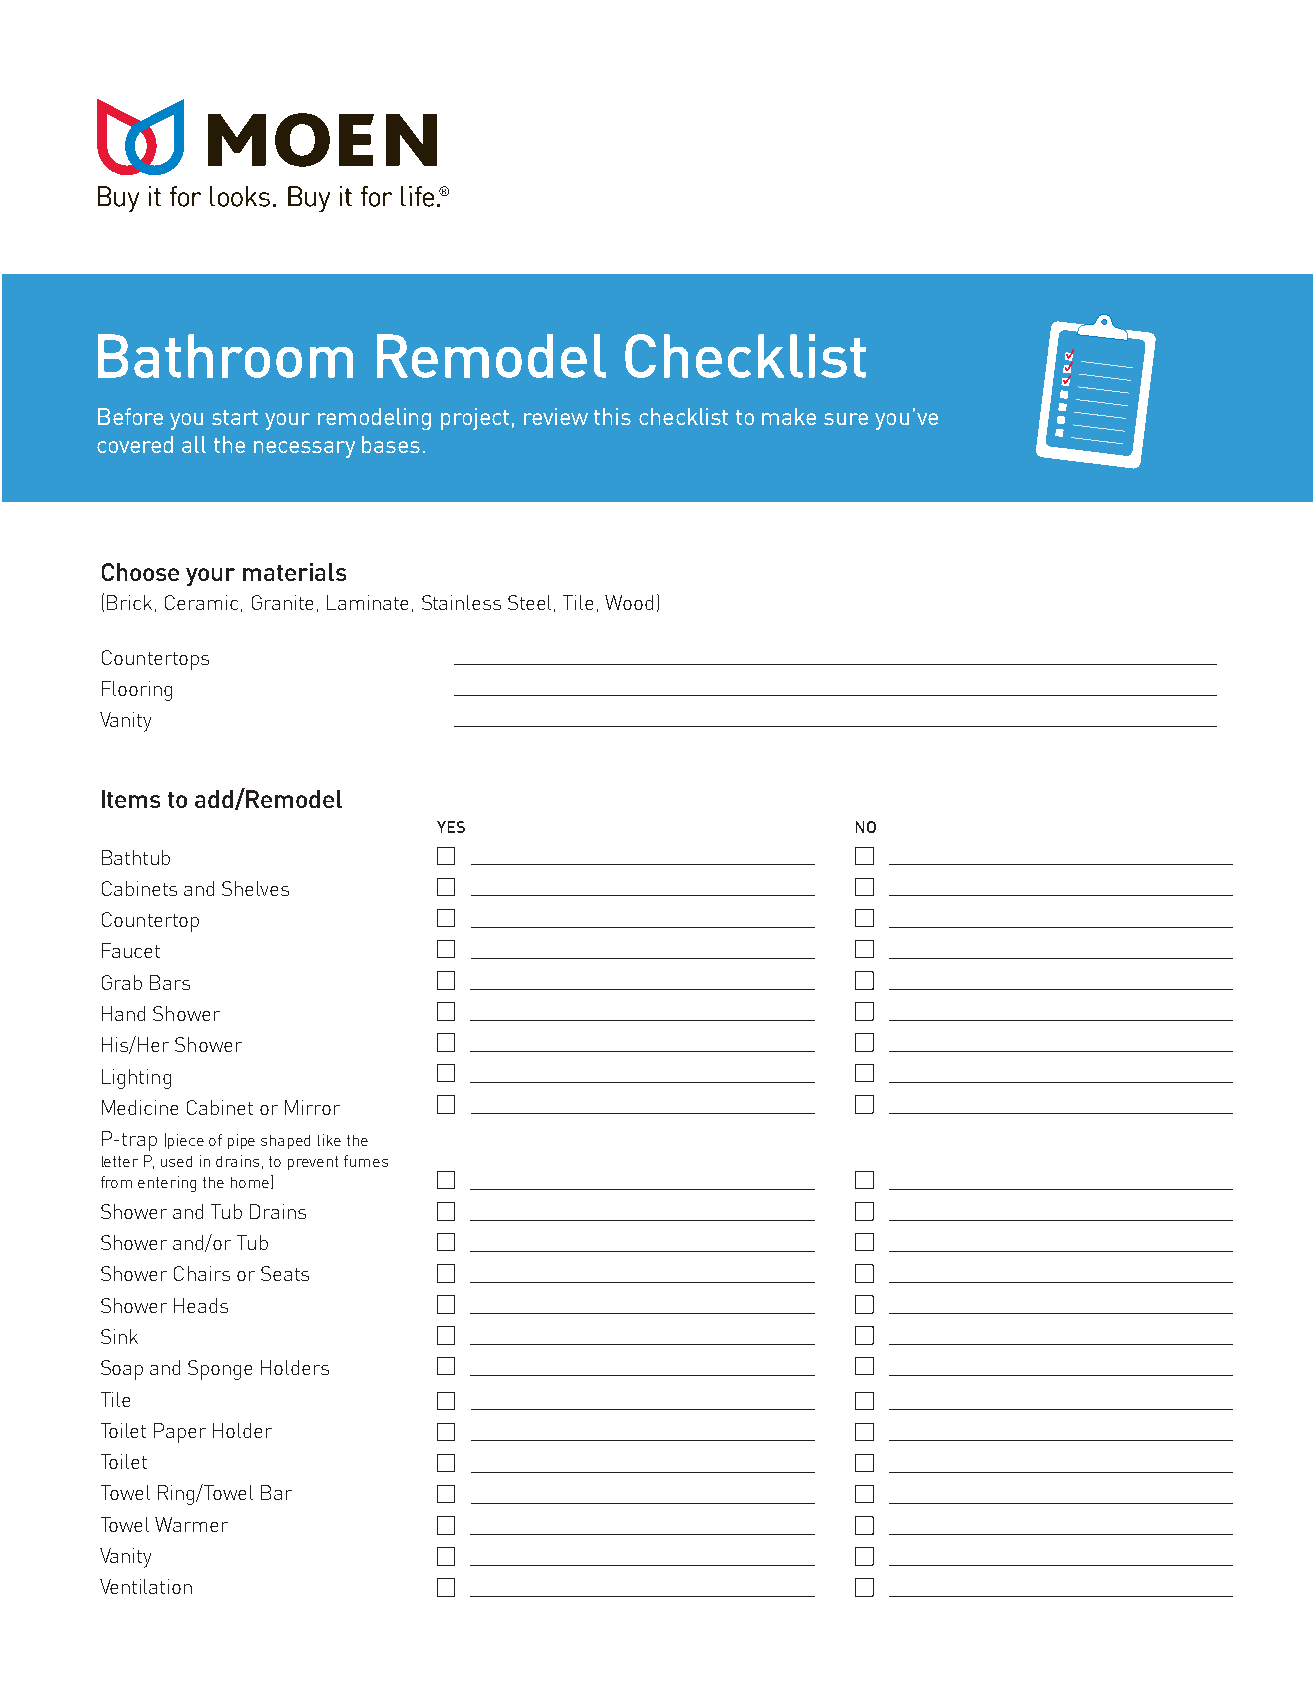
Bathroom           Remodel         Checklist
 Before you start your remodeling project, review this checklist to make sure you’ve
 covered all the necessary bases.
 Choose your materials
 (Brick, Ceramic, Granite, Laminate, Stainless Steel, Tile, Wood)
 Countertops
 Flooring
 Vanity
 Items to add/Remodel
 YES                         NO
 Bathtub
 Cabinets and Shelves
 Countertop
 Faucet
 Grab Bars
 Hand Shower
 His/Her Shower
 Lighting
 Medicine Cabinet or Mirror
 P-trap (piece of pipe shaped like the
 letter P, used in drains, to prevent fumes
 from entering the home)
 Shower and Tub Drains
 Shower and/or Tub
 Shower Chairs or Seats
 Shower Heads
 Sink
 Soap and Sponge Holders
 Tile
 Toilet Paper Holder
 Toilet
 Towel Ring/Towel Bar
 Towel Warmer
 Vanity
 Ventilation